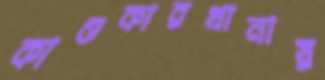
কাণ্ডকারখানায়